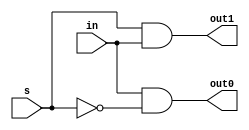
module demux1x2_struct(out0,out1,s,in);

output out0,out1;
input s,in;

wire w1,w2,w3;

nand n5(w1,s,s);

nand n1(w2,in,w1);

nand n2(out0,w2,w2);

nand n3(w3,s,in);

nand n4(out1,w3,w3);

endmodule